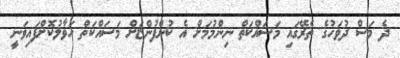
ދެ މަސް ދުވަހުގެ ތެރޭގައި މަސައްކަތް ނިންމުމަށް އެ ކުންފުންޏަށް މަސައްކަތް ހަވާލުކޮށްފައިވަނީ